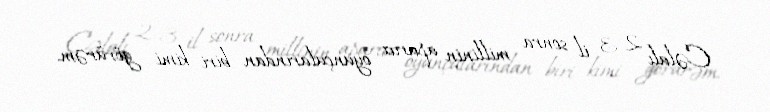
Cəlalı 2-3 il sonra millinin aparıcı oyunçularından biri kimi görürəm.